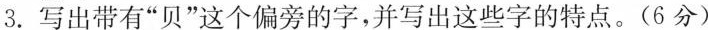
3.写出带有”贝”这个偏旁的字，并写出这些字的特点。(6分)